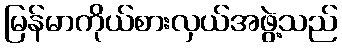
မြန်မာကိုယ်စားလှယ်အဖွဲ့သည်